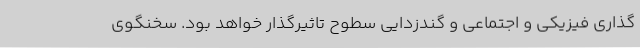
گذاری فیزیکی و اجتماعی و گندزدایی سطوح تاثیرگذار خواهد بود. سخنگوی